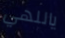
ياللهي